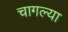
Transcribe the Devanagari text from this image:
चागल्या